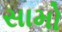
સામો